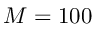
M = 1 0 0